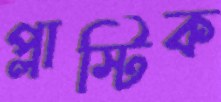
প্লাস্টিক